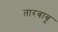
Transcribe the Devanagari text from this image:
तारबाबू